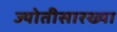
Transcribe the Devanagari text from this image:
ज्योतीसारख्या